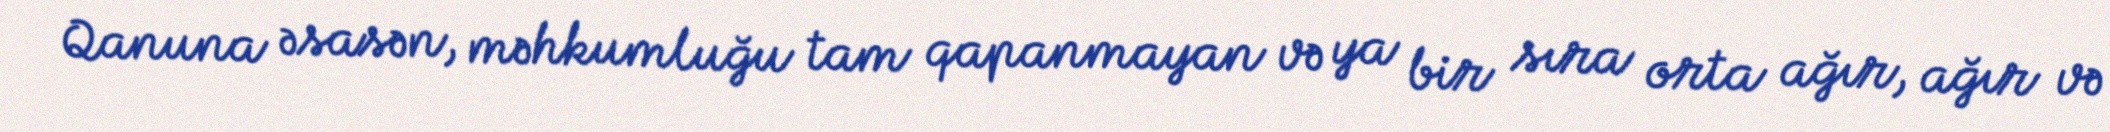
Qanuna əsasən, məhkumluğu tam qapanmayan və ya bir sıra orta ağır, ağır və